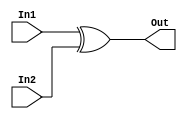

module Xor32_Gate(Out , In1 , In2);


  // Vectors

    input  [31:0] In1 , In2 ;
  
    output [31:0] Out ;
  
  // out = In1 xor In2
  
    assign Out = In1 ^ In2 ;


endmodule